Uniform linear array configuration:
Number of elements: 16
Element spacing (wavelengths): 0.5
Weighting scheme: hamming
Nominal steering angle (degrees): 0
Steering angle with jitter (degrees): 1.422
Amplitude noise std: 0.05
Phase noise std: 0.05

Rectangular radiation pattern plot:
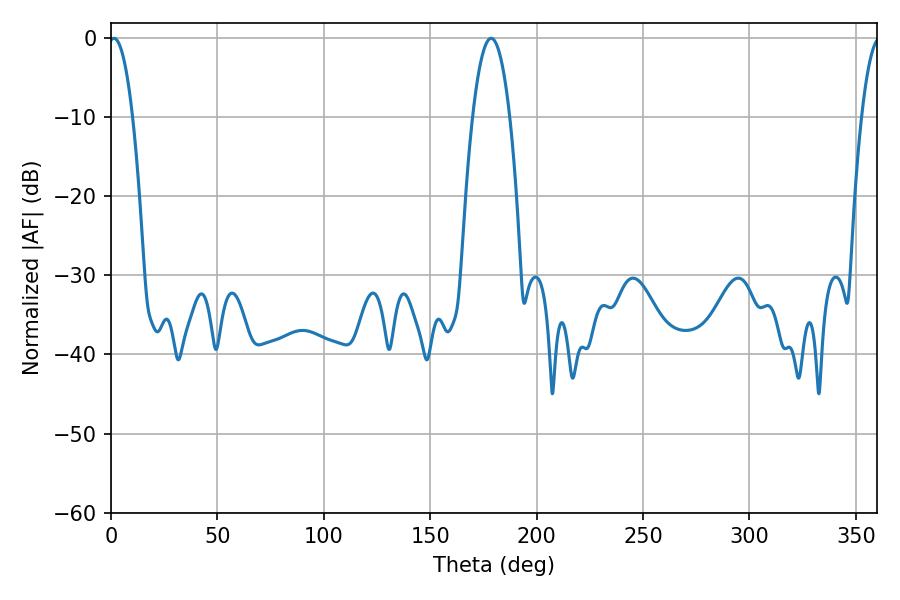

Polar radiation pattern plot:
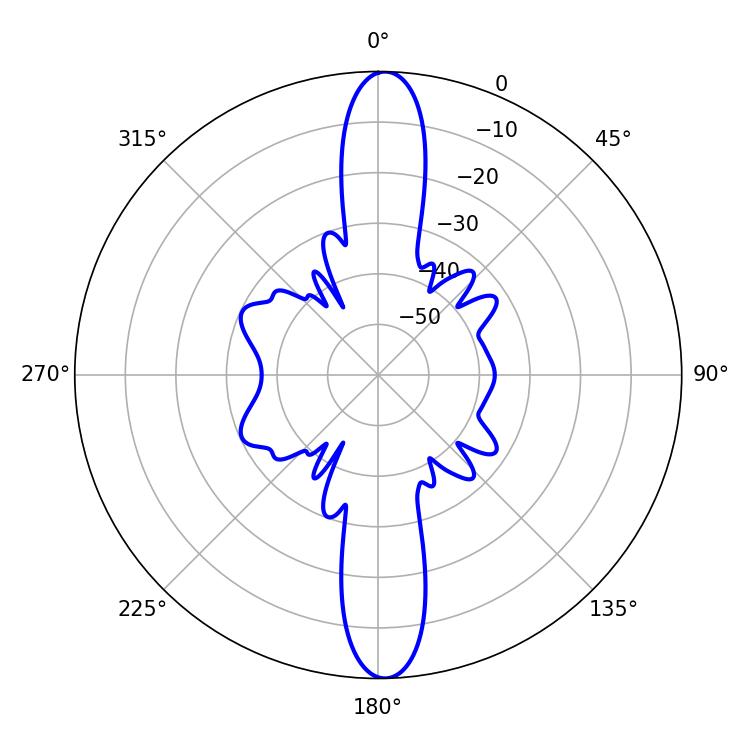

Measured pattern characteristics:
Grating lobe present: FALSE
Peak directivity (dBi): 23.76
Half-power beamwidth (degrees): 6.12
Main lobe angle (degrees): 1.44